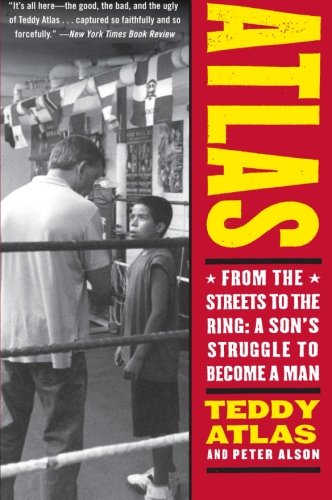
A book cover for Atlas: From the Streets to the Ring: A Son's Struggle to Become a Man; Teddy Atlas; Biographies & Memoirs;